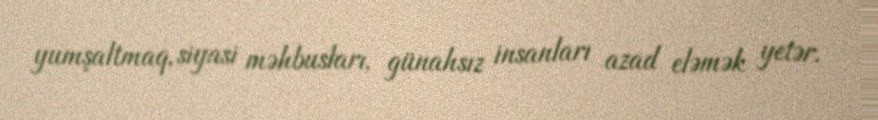
yumşaltmaq, siyasi məhbusları, günahsız insanları azad eləmək yetər.